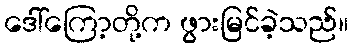
ဒေါ်ကြော့တို့က ဖွားမြင်ခဲ့သည်။